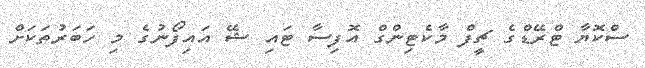
ސްކޮޔާ ޓްރޭޑްގެ ޗީފް މާކެޓިންގް އޮފިސާ ޓައި ޝޭ އައިފޯނުގެ މި ހަބަރުތަކަށް